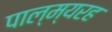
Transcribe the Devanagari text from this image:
पाल्म्यरह